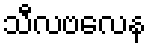
သီလဗလေန